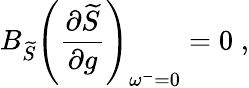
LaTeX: B_{\widetilde{S}}\left(\frac{\partial\widetilde{S}}{\partial g}\right)_{\omega^{-}=0}=0\; ,